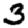
Digit: 3